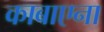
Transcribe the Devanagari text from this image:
काबाएना